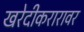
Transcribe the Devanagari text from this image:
खरेदीकरारावर